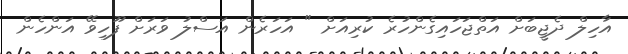
އާހިލް ދެޖީބަށް އަތްޖަހައިގެންހުރެ ކުރިއަށް " އަހަރެން އަސްލު ވަރަށް ފޫހިވޭ އަންހެން